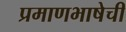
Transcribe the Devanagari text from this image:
प्रमाणभाषेची